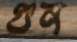
গুন